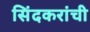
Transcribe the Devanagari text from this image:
सिंदकरांची